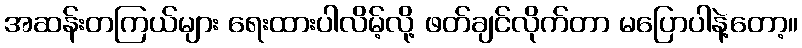
အဆန်းတကြယ်များ ရေးထားပါလိမ့်လို့ ဖတ်ချင်လိုက်တာ မပြောပါနဲ့တော့။